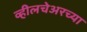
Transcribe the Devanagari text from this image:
व्हीलचेअरच्या